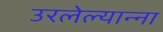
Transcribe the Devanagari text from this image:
उरलेल्यान्ना